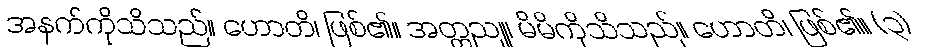
အနက်ကိုသိသည်။ ဟောတိ၊ ဖြစ်၏။ အတ္တညူ၊ မိမိကိုသိသည်။ ဟောတိ၊ ဖြစ်၏။ (၃)